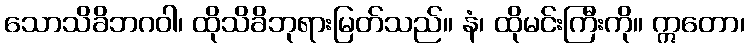
သောသိခိဘဂဝါ၊ ထိုသိခိဘုရားမြတ်သည်။ နံ၊ ထိုမင်းကြီးကို။ ဣတော၊